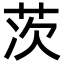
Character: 茨